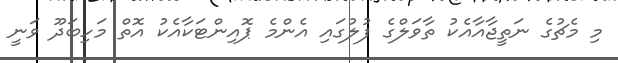
މި މެޗުގެ ނަތީޖާއާއެކު ތާވަލްގެ ފުލުގައި އެންމެ ޕޮއިންޓަކާއެކު އޮތް މަހިބަދޫ ވަނީ